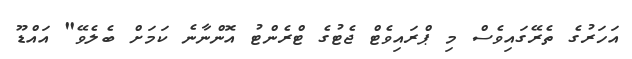
އަހަރުގެ ތެރޭގައިވެސް މި ޕްރައިވެޓް ޖެޓުގެ ޓްރެންޓު އޮންނާނެ ކަމަށް ބެލެވޭ" އައްޑޫ